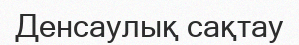
Денсаулық сақтау